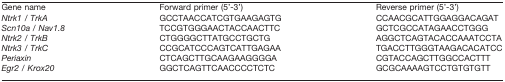
<table><thead><tr><td><b>Gene name</b></td><td><b>Forward primer (5&#x27;-3&#x27;)</b></td><td><b>Reverse primer (5&#x27;-3&#x27;)</b></td></tr></thead><tbody><tr><td><i>Ntrk1 / TrkA</i></td><td>GCCTAACCATCGTGAAGAGTG</td><td>CCAACGCATTGGAGGACAGAT</td></tr><tr><td><i>Scn10a / Nav1.8</i></td><td>TCCGTGGGAACTACCAACTTC</td><td>GCTCGCCATAGAACCTGGG</td></tr><tr><td><i>Ntrk2 / TrkB</i></td><td>CTGGGGCTTATGCCTGCTG</td><td>AGGCTCAGTACACCAAATCCTA</td></tr><tr><td><i>Ntrk3 / TrkC</i></td><td>CCGCATCCCAGTCATTGAGAA</td><td>TGACCTTGGGTAAGACACATCC</td></tr><tr><td><i>Periaxin</i></td><td>CTCAGCTTGCAAGAAGGGGA </td><td>CGTACCAGCTTGGCCACTTT</td></tr><tr><td><i>Egr2 / Krox20</i></td><td>GGCTCAGTTCAACCCCTCTC</td><td>GCGCAAAAGTCCTGTGTGTT</td></tr></tbody></table>